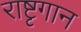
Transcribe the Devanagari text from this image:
राष्टृगान